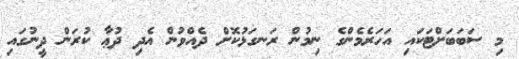
މި ސަބަބަށްޓަކައި އަހަރެމެންގެ ނިމުން ރަނގަޅުކޮށް ދެއްވުން އެދި ދުޢާ ކުރަން ދީނުގައި